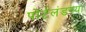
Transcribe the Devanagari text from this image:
पोर्टलंडच्या